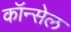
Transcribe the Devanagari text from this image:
कॉन्सेल